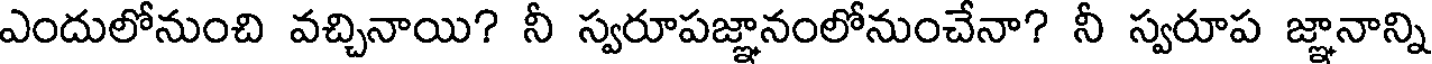
ఎందులోనుంచి వచ్చినాయి? నీ స్వరూపజ్ఞానంలోనుంచేనా? నీ స్వరూప జ్ఞానాన్ని